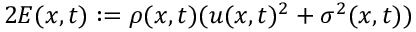
2 E ( x , t ) : = \rho ( x , t ) ( u ( x , t ) ^ { 2 } + \sigma ^ { 2 } ( x , t ) )